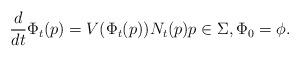
LaTeX: \begin{align*} \frac{d}{dt}\Phi_{t}(p) = V(\Phi_t(p))N_{t}(p) p\in \Sigma, \Phi_{0} = \phi.\end{align*}